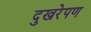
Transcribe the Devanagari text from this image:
दुखरेपण